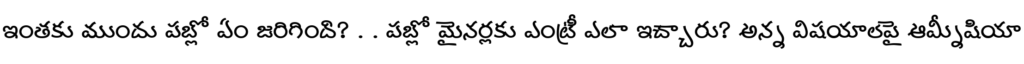
ఇంతకు ముందు పబ్లో ఏం జరిగింది? . . పబ్లో మైనర్లకు ఎంట్రీ ఎలా ఇచ్చారు? అన్న విషయాలపై ఆమ్నీషియా